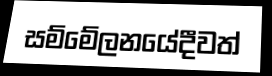
සම්මේලනයේදීවත්